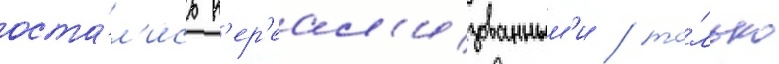
оста́л'ись н'ер'еал'изованным'и / то́лько